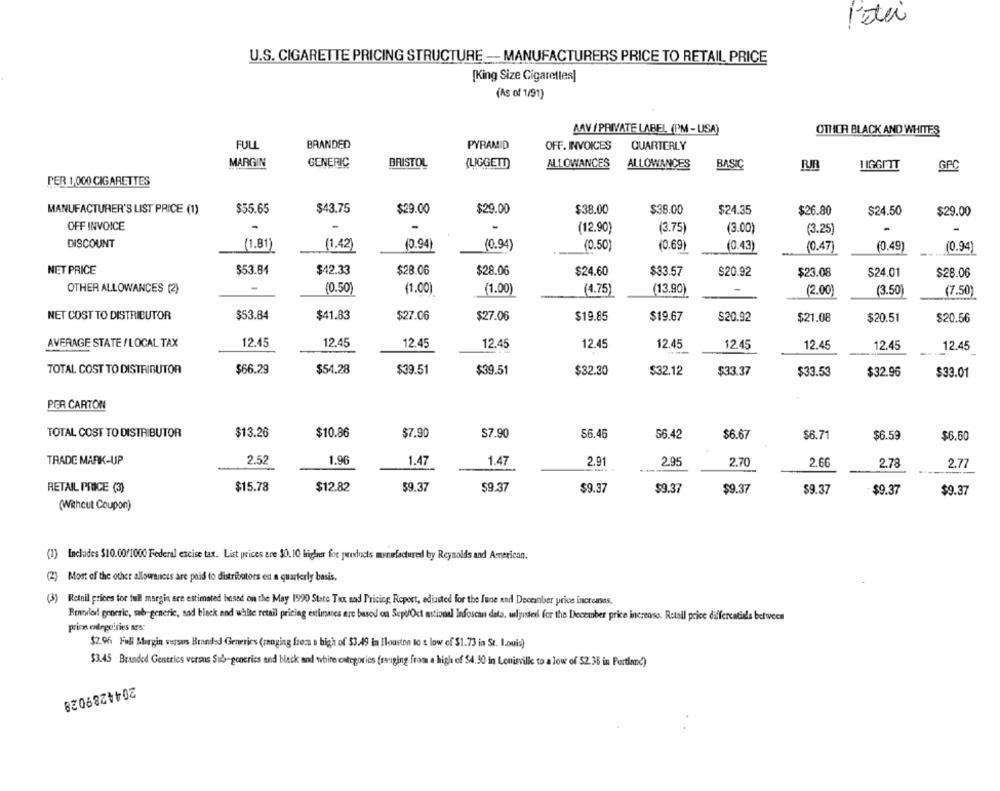
Peter
U.S. CIGARETTE PRICING STRUCTURE -- MANUFACTURERS PRICE TO RETAIL PRICE
[King Size Cigaretles]
(As of 1/91)
MAV / PRIVATE LABEL (PM - USA)
OTHER BLACK AND WHITES
FULL
BRANDED
PYRAMID
OFF. INVOICES
QUARTERLY
MARGIN
GENERIC
BRISTOL
(LIGGETT)
ALLOWANCES
ALLOWANCES
BASIC
RJR
HIGGITT
GPC
PER 1,000 CIGARETTES
MANUFACTURER'S LIST PRICE (1)
$55.65
$43.75
$29.00
$29.00
$38.00
$38.00
$24.35
$26.80
$24.50
$29.00
OFF INVOICE
(12.90)
(3.75)
(3.00)
-
(3.25)
DISCOUNT
(1.81)
(1.42)
(0.94)
(0.94)
(0.43)
(0.50)
(0.69)
(0.47)
(0.49)
(0.94)
NET PRICE
$53.84
$42.33
$28.06
$28.06
$24.60
$33.57
$20.92
$23.08
$24.01
$28.06
OTHER ALLOWANCES (2)
(0.50)
(1.00)
(1.00)
(4.75)
(13.90
(2.00)
(3.50
(7.50)
NET COST TO DISTRIBUTOR
$53.84
$41.83
$27.06
$27.06
$19.85
$19.67
$20.92
$21.08
$20.51
$20.56
AVERAGE STATE / LOCAL TAX
12.45
12.45
12.45
12.45
12.45
12.45
12.45
12.45
12.45
12.45
TOTAL COST TO DISTRIBUTOR
$66.29
$54.28
$39.51
$39.51
$32.30
$32.12
$33.37
$33.53
$32.96
$33.01
PER CARTON
TOTAL COST TO DISTRIBUTOR
$13.26
$10.86
$7.90
$7.90
$6.46
56.42
$6.67
$6.71
$6.59
$6.60
2.52
1.96
TRADE MARK-UP
1.47
1.47
2.91
2.95
2,70
2.66
2.78
2.7
RETAIL PRICE (3)
$15.78
$12.82
$9.37
$9.37
$9.37
$9.37
$9.37
$9.37
$9.37
$9.37
(Without Coupon)
(1)
Includes $10.00/1000 Federal excise tax. List prices are 30.10 higher for products manufactured by Reynolds and American.
(2) Most of the other allowances are paid to distributors en a quarterly basis.
(3) Retail prices for full margin are estimated based on the May 1990 State Tax sad Pricing, Report, ediusted for the June and Deceinber price increases,
Revyled groeric, sub-generic, sad black and white retail pricing estimates are based on Sept/Oct astional Infoscan data. wl'justed for the December price increase. Retail price differcatials between
prins cargo!ries ars:
$2.96 Full Margin versus Brandsd Generics (ranging from a high of $3.49 in Houston to s low of $1.73 in St. Louis)
$3.45 Branded Generics versus Sub-generics and black and white categories [ranging from a high of $4.30 in Lonisvill to a low of $2.38 in Portland)
2044289028